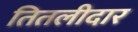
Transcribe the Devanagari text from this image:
तितलीदार